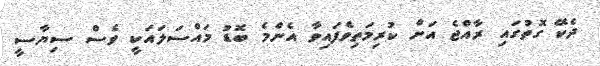
ދެކޭ ގޮތުގައި ރާއްޖެ އަށް ކުރިމަތިވެފައިވާ އެންމެ ބޮޑު މައްސަލައަކީ ވެސް ސިޔާސީ